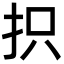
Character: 抧